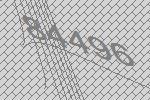
84496